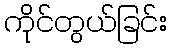
ကိုင်တွယ်ခြင်း